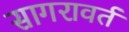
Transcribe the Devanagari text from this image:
सागरावर्त